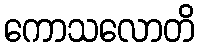
ကောသလောတိ